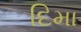
દિમા